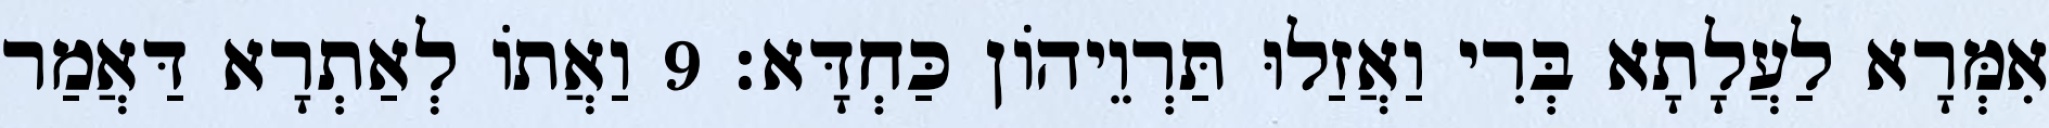
אִמְּרָא לַעֲלָתָא בְּרִי וַאֲזַלוּ תַּרְוֵיהוֹן כַּחְדָּא׃ 9 וַאֲתוֹ לְאַתְרָא דַּאֲמַר